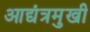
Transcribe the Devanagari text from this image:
आद्यंत्रमुखी